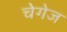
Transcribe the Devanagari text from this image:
चेगेज